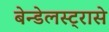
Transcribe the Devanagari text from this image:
बेन्डेलस्ट्रासे